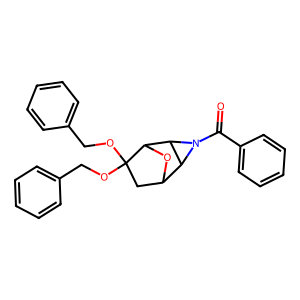
SMILES: O=C(c1ccccc1)N1C2C3CC(OCc4ccccc4)(OCc4ccccc4)C(O3)C21
Inhibits HIV replication: No